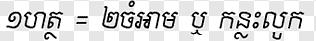
១ហត្ថ = ២ចំអាម ឬ កន្លះលូក